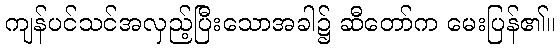
ကျန်ပင်သင်အလှည့်ပြီးသောအခါ၌ ဆီတော်က မေးပြန်၏။